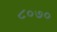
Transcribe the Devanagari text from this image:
८०७०